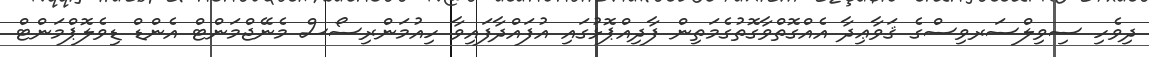
ދިވެހި ސިވިލްސަރވިސްގެ ޤަވާޢިދާ އެއްގޮތްވާގޮތުގެމަތިން ފާދިއްޕޮޅުގައި އުފައްދާފައިވާ ހިއުމަންރިސޯސް މެނޭޖްމަންޓް އެންޑް ޑިވެލޮޕްމަންޓް